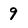
Character: 9